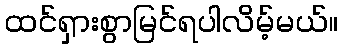
ထင်ရှားစွာမြင်ရပါလိမ့်မယ်။